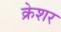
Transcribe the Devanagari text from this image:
क्रेशर